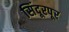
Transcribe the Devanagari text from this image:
सिंदूरपूर